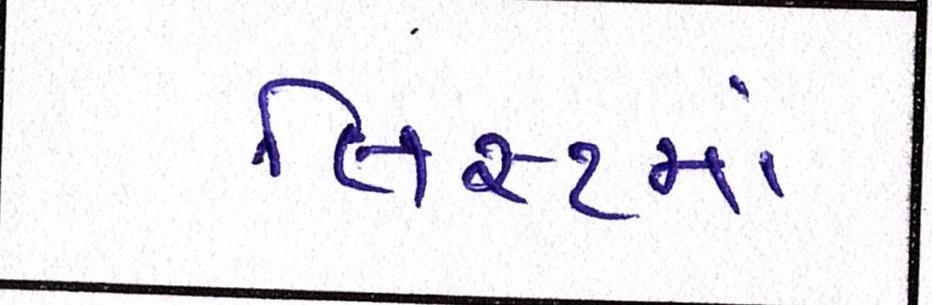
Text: લિસ્ટમાં